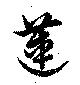
蓮